Report of the Bombay Veterinary College
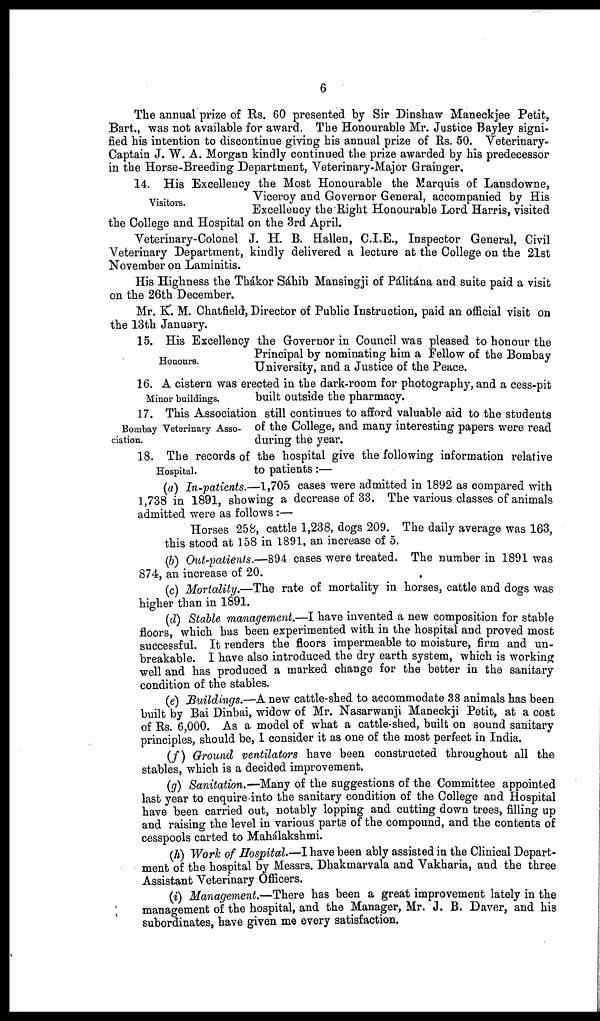
6
The annual prize of Rs. 60 presented by Sir Dinshaw Maneckjee Petit,
Bart., was not available for award. The Honourable Mr. Justice Bayley signi-
fied his intention to discontinue giving his annual prize of Rs. 50. Veterinary-
Captain J. W. A. Morgan kindly continued the prize awarded by his predecessor
in the Horse-Breeding Department, Veterinary-Major Grainger.
Visitors.
14. His Excellency the Most Honourable the Marquis of Lansdowne,
Viceroy and Governor General, accompanied by His
Excellency the Right Honourable Lord Harris, visited
the College and Hospital on the 3rd April.
Veterinary-Colonel J. H. B. Hallen, C.I.E., Inspector General, Civil
Veterinary Department, kindly delivered a lecture at the College on the 21st
November on Laminitis.
His Highness the Thákor Sáhib Mansingji of Pálitána and suite paid a visit
on the 26th December.
Mr. K. M. Chatfield, Director of Public Instruction, paid an official visit on
the 13th January.
Honours.
15. His Excellency the Governor in Council was pleased to honour the
Principal by nominating him a Fellow of the Bombay
University, and a Justice of the Peace.
Minor buildings.
16. A cistern was erected in the dark-room for photography, and a cess-pit
built outside the pharmacy.
Bombay Veterinary Asso-
ciation.
17. This Association still continues to afford valuable aid to the students
of the College, and many interesting papers were read
during the year.
Hospital.
18. The records of the hospital give the following information relative
to patients:—
(a) In-patients.—1,705 cases were admitted in 1892 as compared with
1,738 in 1891, showing a decrease of 33. The various classes of animals
admitted were as follows:—
Horses 258, cattle 1,238, dogs 209. The daily average was 163,
this stood at 158 in 1891, an increase of 5.
(b) Out-patients.—894 cases were treated. The number in 1891 was
874, an increase of 20.
(c) Mortality.—The rate of mortality in horses, cattle and dogs was
higher than in 1891.
(d) Stable management.—I have invented a new composition for stable
floors, which has been experimented with in the hospital and proved most
successful. It renders the floors impermeable to moisture, firm and un-
breakable. I have also introduced the dry earth system, which is working
well and has produced a marked change for the better in the sanitary
condition of the stables.
(e) Buildings.—A new cattle-shed to accommodate 38 animals has been
built by Bai Dinbai, widow of Mr. Nasarwanji Maneckji Petit, at a cost
of Rs. 6,000. As a model of what a cattle-shed, built on sound sanitary
principles, should be, I consider it as one of the most perfect in India.
(f) Ground ventilators have been constructed throughout all the
stables, which is a decided improvement.
(g) Sanitation.—Many of the suggestions of the Committee appointed
last year to enquire into the sanitary condition of the College and Hospital
have been carried out, notably lopping and cutting down trees, filling up
and raising the level in various parts of the compound, and the contents of
cesspools carted to Mahálakshmi.
(h) Work of Hospital.—I have been ably assisted in the Clinical Depart-
ment of the hospital by Messrs. Dhakmarvala and Vakharia, and the three
Assistant Veterinary Officers.
(i) Management.—There has been a great improvement lately in the
management of the hospital, and the Manager, Mr. J. B. Daver, and his
subordinates, have given me every satisfaction.